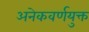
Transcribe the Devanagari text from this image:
अनेकवर्णयुक्त